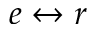
e \leftrightarrow r